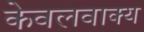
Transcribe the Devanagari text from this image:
केवलवाक्य